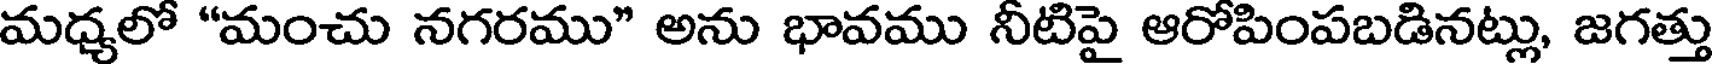
మధ్యలో "మంచు నగరము" అను భావము నీటిపై ఆరోపింపబడినట్లు, జగత్తు